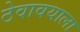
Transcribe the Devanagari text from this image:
ठेवावयाला